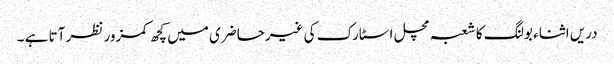
دریں اثناء بولنگ کا شعبہ مچل اسٹارک کی غیرحاضری میں کچھ کمزور نظر آتا ہے ۔